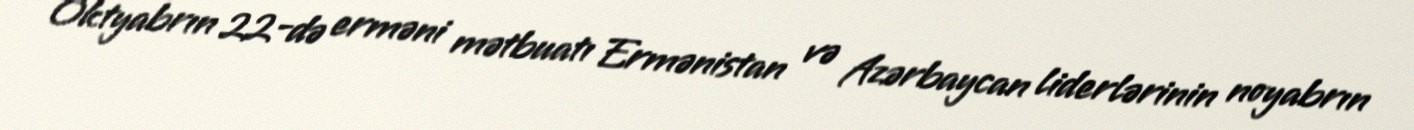
Oktyabrın 22-də erməni mətbuatı Ermənistan və Azərbaycan liderlərinin noyabrın